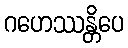
ဂဟေဿန္တိပေ